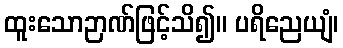
ထူးသောဉာဏ်ဖြင့်သိ၍။ ပရိညေယျံ၊